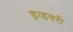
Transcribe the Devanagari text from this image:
ड्राइवरी